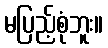
မပြည့်စုံဘူး။